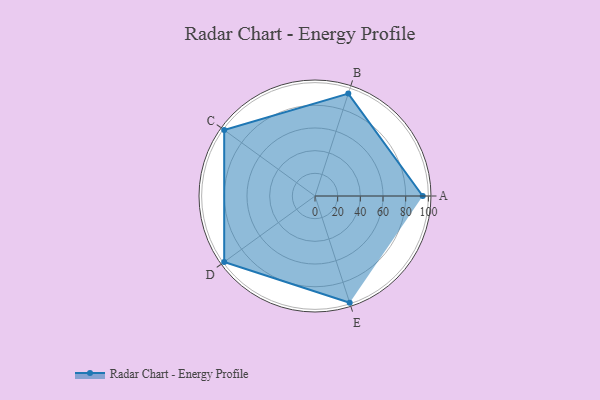
{"axis": {"x": "Skill", "y": "Score"}, "legend": ["Profile"], "data": [{"x": "A", "y": 95.0, "type": "Profile"}, {"x": "B", "y": 95.0, "type": "Profile"}, {"x": "C", "y": 99.0, "type": "Profile"}, {"x": "D", "y": 99, "type": "Profile"}, {"x": "E", "y": 99, "type": "Profile"}]}